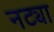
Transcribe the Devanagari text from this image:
नट्या